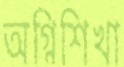
অগ্নিশিখা